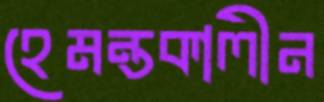
হেমন্তকালীন